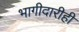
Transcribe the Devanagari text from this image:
भागीदारीही